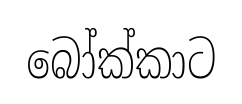
බෝක්කාට